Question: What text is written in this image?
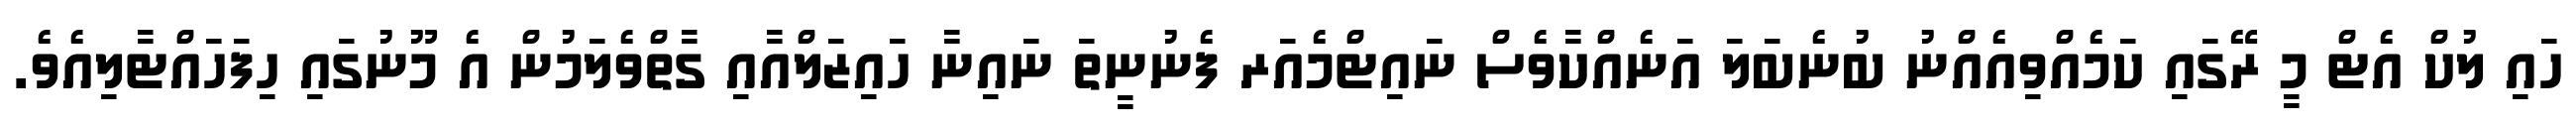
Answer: ހައި ލުކް އެޓް މީ ރޭގައި ކަމެއްވިއެއްނު ބުނެބަލަ އަނެއްކާވެސް ނައިޓްމެއަރ ފެނުނީތަ ނައިނާ ހައިޒަލްއާއި ގާތްވެލަމުން އެ މޫނުގައި ހިފަހައްޓާލިއެވެ.